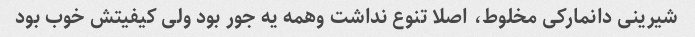
شیرینی دانمارکی مخلوط، اصلا تنوع نداشت وهمه یه جور بود ولی کیفیتش خوب بود